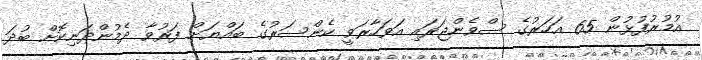
އުމުރުފުޅުން 65 އަހަރުގެ ސްވެންޖަރައި އަވަހާރަވީ ކެންސަރުގެ ބައްޔަށް ފަރުވާ ދެމުންދަނިކޮށް ބުދަ